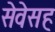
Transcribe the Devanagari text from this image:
सेवेसह